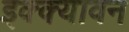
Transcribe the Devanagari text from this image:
इक्क्यावन